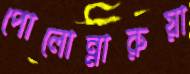
পোলোন্নারুয়া